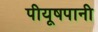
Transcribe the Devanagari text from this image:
पीयूषपानी